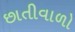
છાતીવાળો